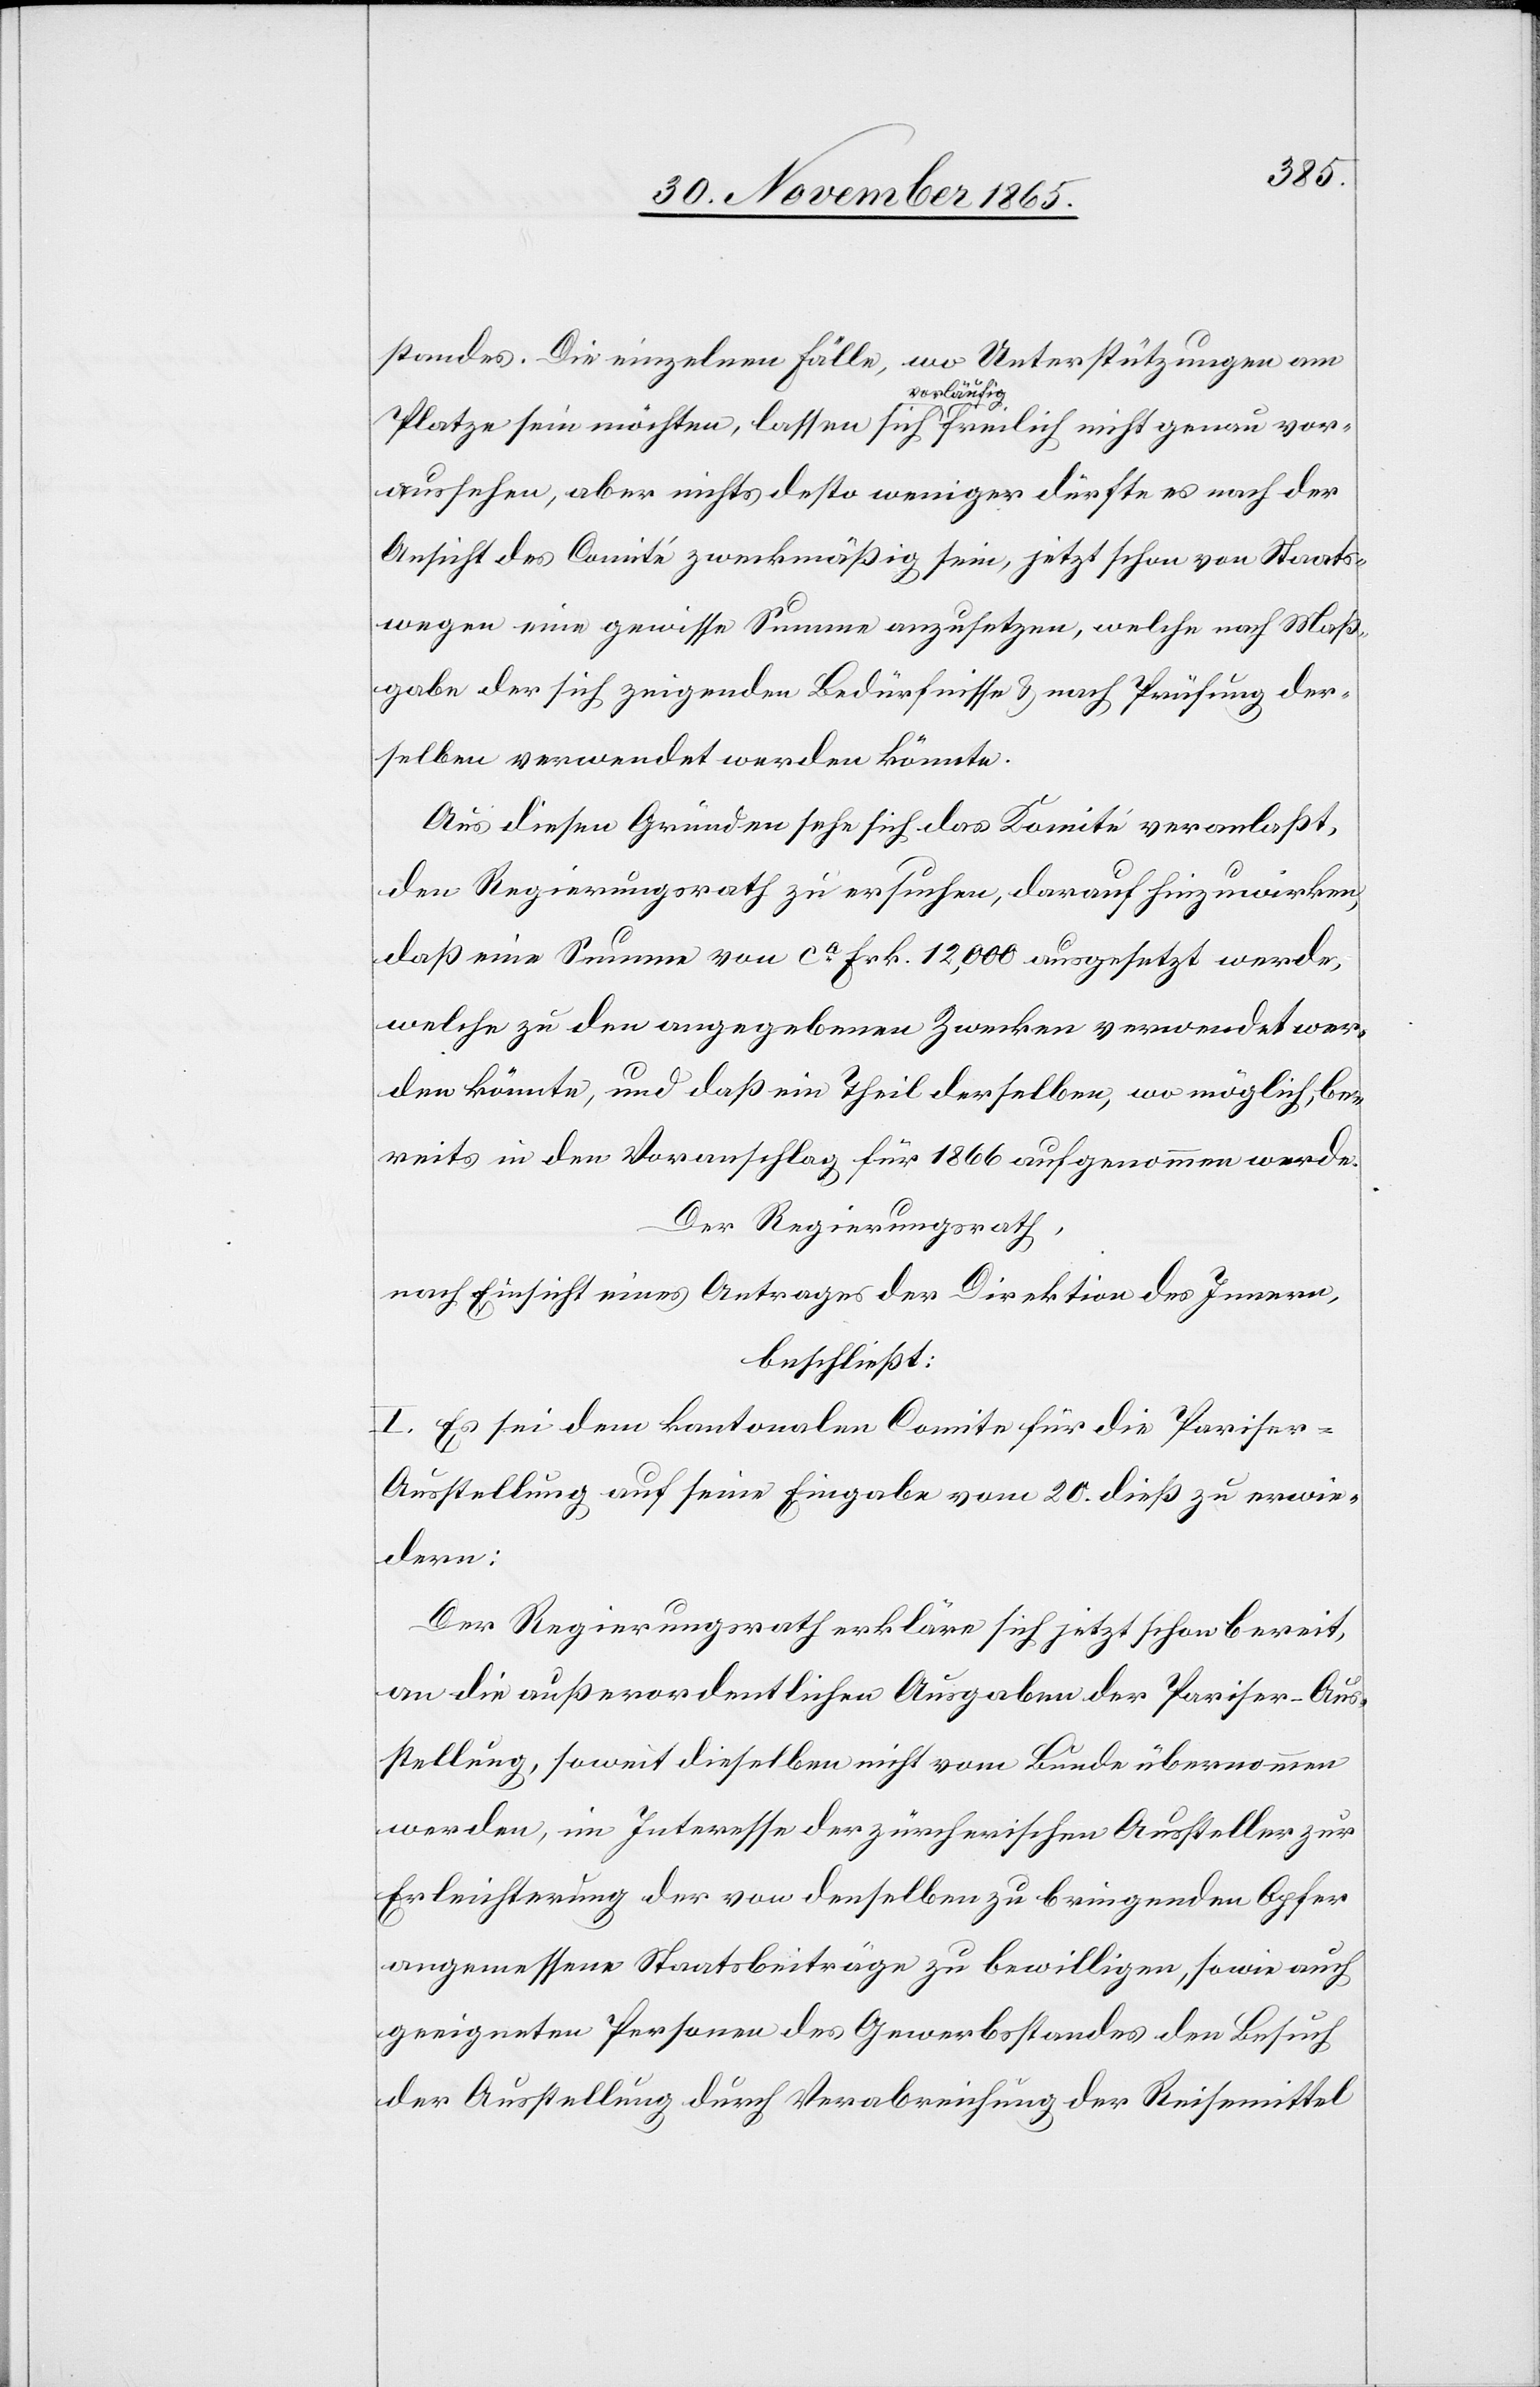
standes. Die einzelnen Fälle, wo Unterstützungen am
Platze sein möchten, lassen sich a-vorläufig-a freilich nicht genau vor¬
aussehen, aber nichts desto weniger dürfte es nach der
Ansicht des Comité zweckmäßig sein, jetzt schon von Staats¬
wegen eine gewisse Summe anzusetzen, welche nach Maß¬
gabe der sich zeigenden Bedürfnisse & nach Prüfung der¬
selben verwendet werden könnte.
Aus diesen Gründen sehe sich das Komité veranlaßt,
den Regierungsrath zu ersuchen, darauf hinzuwirken,
daß eine Summe von ca Frk. 12,000 ausgesetzt werde,
welche zu den angegebenen Zwecken verwendet wer¬
den könnte, und daß ein Theil derselben, wo möglich, be¬
reits in den Voranschlag für 1866 aufgenommen werde.
Der Regierungsrath,
nach Einsicht eines Antrages der Direktion des Innern,
beschließt:
I. Es sei dem kantonalen Comite für die Pariser-A¬
usstellung auf seine Eingabe vom 20. dieß zu erwie¬
dern:
Der Regierungsrath erkläre sich jetzt schon bereit,
an die außerordentlichen Ausgaben der Pariser-Aus¬
stellung, soweit dieselben nicht vom Bunde übernommen
werden, im Interesse der zürcherischen Aussteller zur
Erleichterung der von denselben zu bringenden Opfer
angemessene Staatsbeiträge zu bewilligen, sowie auch
geeigneten Personen des Gewerbsstandes den Besuch
der Ausstellung durch Verabreichung der Reisemittel